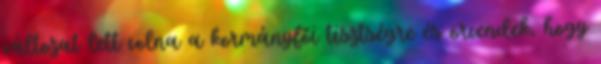
változat lett volna a kormányfői tisztségre és örvendek, hogy